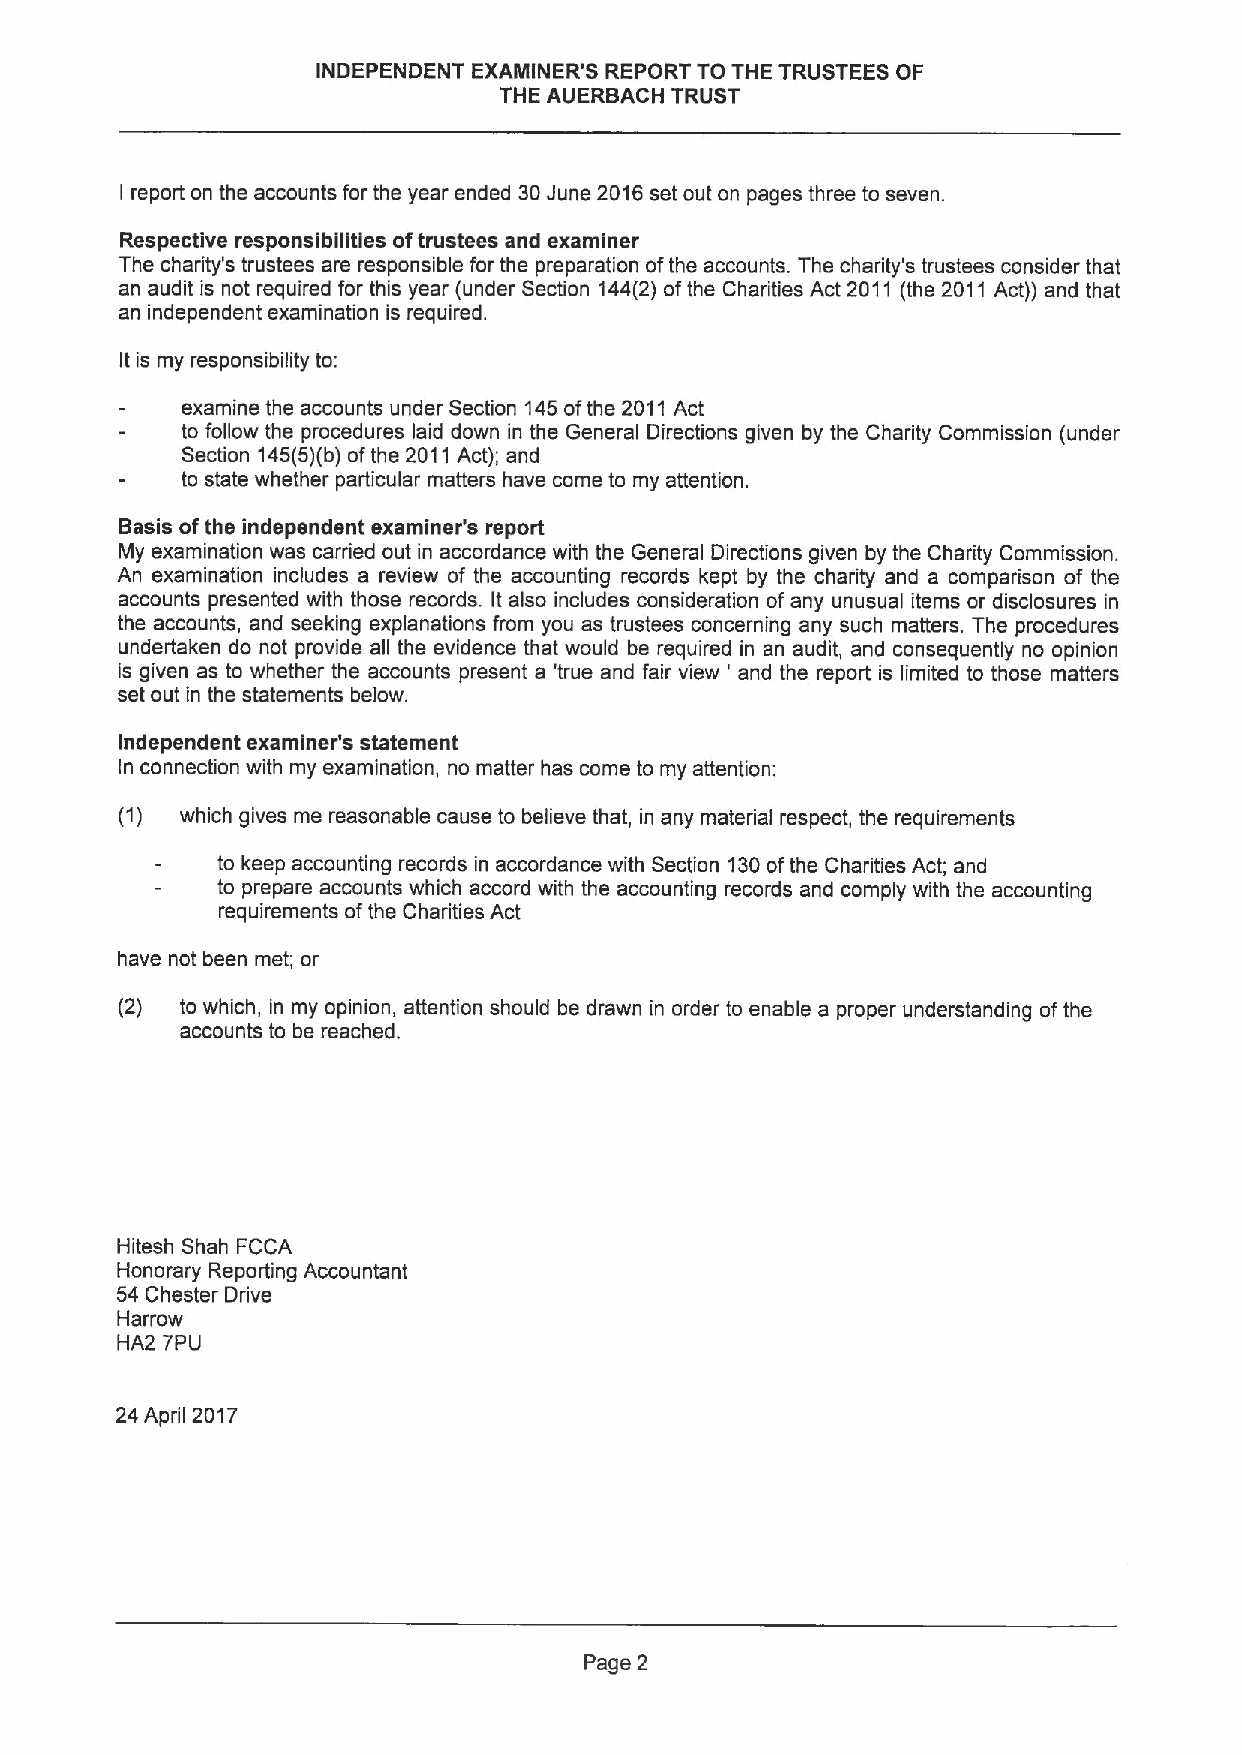
INDEPENDENT EXAMINER'S REPORT TO THE TRUSTEES OF
 THE AUERBACH TRUST
 report on the accounts for the year ended 30June 2016set out on pages three to seven.
 I
 Respective responsibilities oftrustees and examiner
 The charity's trustees are responsible for the preparation ofthe accounts. The charity's trustees consider that
 an audit is not required for this year (under Section 144(2) ofthe Charities Act 2011 (the 2011Act)) and that
 an independent examination is required.
 It is my responsibility to:
 examine the accounts under Section 145ofthe 2011 Act
 to follow the procedures laid down in the General Directions given by the Charity Commission (under
 Section 145(5)(b)ofthe 2011Act); and
 to state whether particular matters have come to my attention.
 Basis ofthe independent examiner's report
 My examination was carried out in accordance with the General Directions given by the Charity Commission.
 An examination includes a review of the accounting records kept by the charity and a comparison of the
 accounts presented with those records. It also includes consideration ofany unusual items or disclosures in
 the accounts, and seeking explanations from you as trustees concerning any such matters. The procedures
 undertaken do not provide all the evidence that would be required in an audit, and consequently no opinion
 is given as to whether the accounts present a 'true and fair view ' and the report is limited to those matters
 set out in the statements below.
 Independent examiner's statement
 In connection with my examination, no matter has come to my attention;
 (1) which gives me reasonable cause to believe that, in any material respect, the requirements
 to keep accounting records in accordance with Section 130ofthe Charities Act; and
 to prepare accounts which accord with the accounting records and comply with the accounting
 requirements ofthe Charities Act
 have not been met; or
 (2) to which, in my opinion, attention should be drawn in order to enable a proper understanding ofthe
 accounts to be reached.
 Hitesh Shah FCCA
 Honorary Reporting Accountant
 54 Chester Drive
 Harrow
 HA2 TPU
 24April 2017
 Page 2